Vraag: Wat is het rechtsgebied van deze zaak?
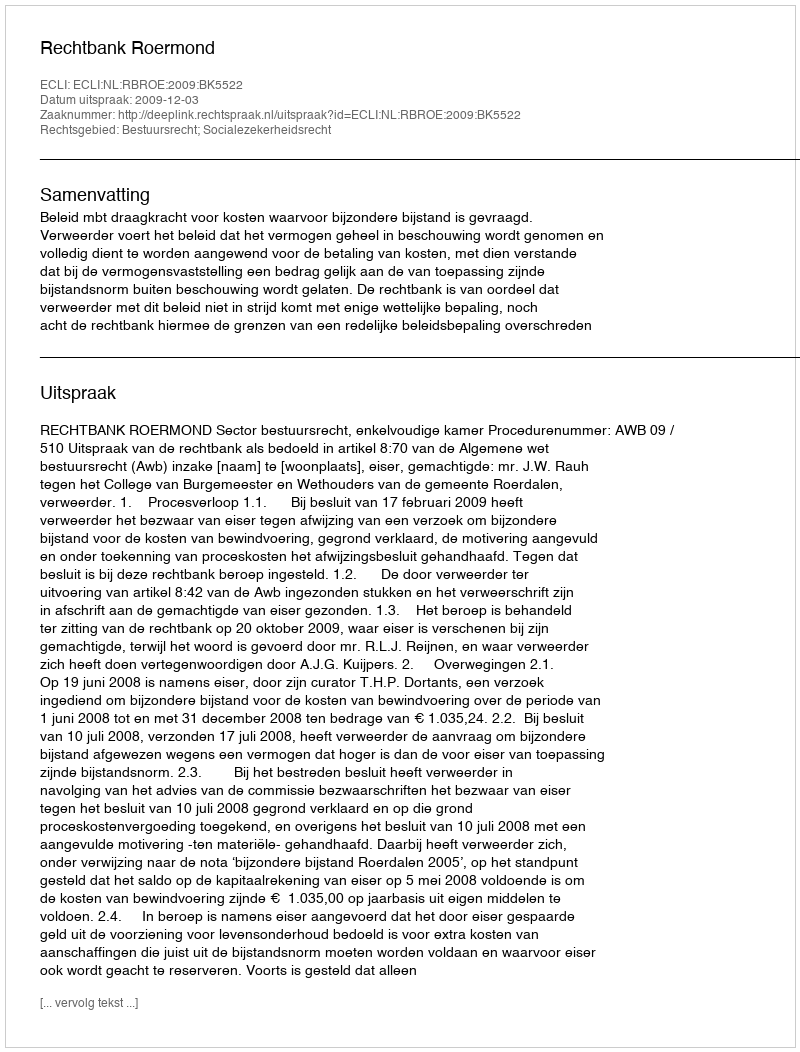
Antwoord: Bestuursrecht; Socialezekerheidsrecht